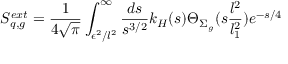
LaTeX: S _ { q , g } ^ { e x t } = { \frac { 1 } { 4 \sqrt { \pi } } } \int _ { \epsilon ^ { 2 } / l ^ { 2 } } ^ { \infty } { \frac { d s } { s ^ { 3 / 2 } } } k _ { H } ( s ) \Theta _ { \Sigma _ { g } } ( s { \frac { l ^ { 2 } } { l _ { 1 } ^ { 2 } } } ) e ^ { - { s / 4 } } ~ ~